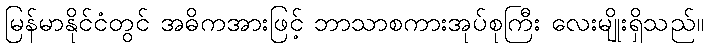
မြန်မာနိုင်ငံတွင် အဓိကအားဖြင့် ဘာသာစကားအုပ်စုကြီး လေးမျိုးရှိသည်။